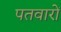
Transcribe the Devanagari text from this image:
पतवारों